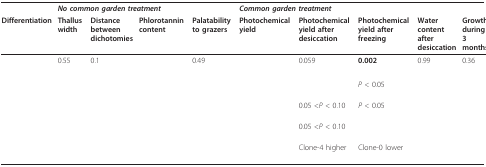
<table><thead><tr><td>[EMPTY_CELL]</td><td colspan="4"><b><i>No common garden treatment</i></b></td><td colspan="5"><b><i>Common garden treatment</i></b></td></tr><tr><td><b>Differentiation</b></td><td><b>Thallus width</b></td><td><b>Distance between dichotomies</b></td><td><b>Phlorotannin content</b></td><td><b>Palatability to grazers</b></td><td><b>Photochemical yield</b></td><td><b>Photochemical yield after desiccation</b></td><td><b>Photochemical yield after freezing</b></td><td><b>Water content after desiccation</b></td><td><b>Growth during 3 months</b></td></tr></thead><tbody><tr><td>[EMPTY_CELL]</td><td>0.55</td><td>0.1</td><td>[EMPTY_CELL]</td><td>0.49</td><td>[EMPTY_CELL]</td><td>0.059</td><td><b>0.002</b></td><td>0.99</td><td>0.36</td></tr><tr><td>[EMPTY_CELL]</td><td>[EMPTY_CELL]</td><td>[EMPTY_CELL]</td><td>[EMPTY_CELL]</td><td>[EMPTY_CELL]</td><td>[EMPTY_CELL]</td><td>[EMPTY_CELL]</td><td>[EMPTY_CELL]</td><td>[EMPTY_CELL]</td><td>[EMPTY_CELL]</td></tr><tr><td>[EMPTY_CELL]</td><td>[EMPTY_CELL]</td><td>[EMPTY_CELL]</td><td>[EMPTY_CELL]</td><td>[EMPTY_CELL]</td><td>[EMPTY_CELL]</td><td>[EMPTY_CELL]</td><td><i>P </i>&lt; 0.05</td><td>[EMPTY_CELL]</td><td>[EMPTY_CELL]</td></tr><tr><td>[EMPTY_CELL]</td><td>[EMPTY_CELL]</td><td>[EMPTY_CELL]</td><td>[EMPTY_CELL]</td><td>[EMPTY_CELL]</td><td>[EMPTY_CELL]</td><td>0.05 &lt;<i>P </i>&lt; 0.10</td><td><i>P </i>&lt; 0.05</td><td>[EMPTY_CELL]</td><td>[EMPTY_CELL]</td></tr><tr><td>[EMPTY_CELL]</td><td>[EMPTY_CELL]</td><td>[EMPTY_CELL]</td><td>[EMPTY_CELL]</td><td>[EMPTY_CELL]</td><td>[EMPTY_CELL]</td><td>0.05 &lt;<i>P </i>&lt; 0.10</td><td>[EMPTY_CELL]</td><td>[EMPTY_CELL]</td><td>[EMPTY_CELL]</td></tr><tr><td>[EMPTY_CELL]</td><td>[EMPTY_CELL]</td><td>[EMPTY_CELL]</td><td>[EMPTY_CELL]</td><td>[EMPTY_CELL]</td><td>[EMPTY_CELL]</td><td>Clone-4 higher</td><td>Clone-0 lower</td><td>[EMPTY_CELL]</td><td>[EMPTY_CELL]</td></tr></tbody></table>